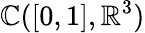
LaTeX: \mathbb{C}([0,1],\mathbb{{R}}^{3})